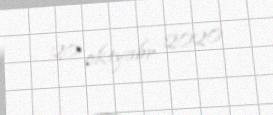
20 oktyabr 2020